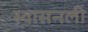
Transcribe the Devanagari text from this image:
स्वासनली